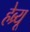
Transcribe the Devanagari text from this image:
हेब्र्यू